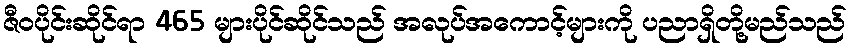
ဇီဝပိုင်းဆိုင်ရာ 465 များပိုင်ဆိုင်သည် အလုပ်အကောင့်များကို ပညာရှိတို့မည်သည်